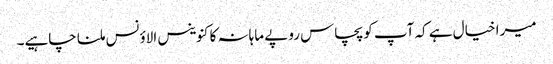
میرا خیال ہے کہ آپ کو پچاس روپے ماہانہ کا کنوینس الاؤنس ملنا چاہیے۔